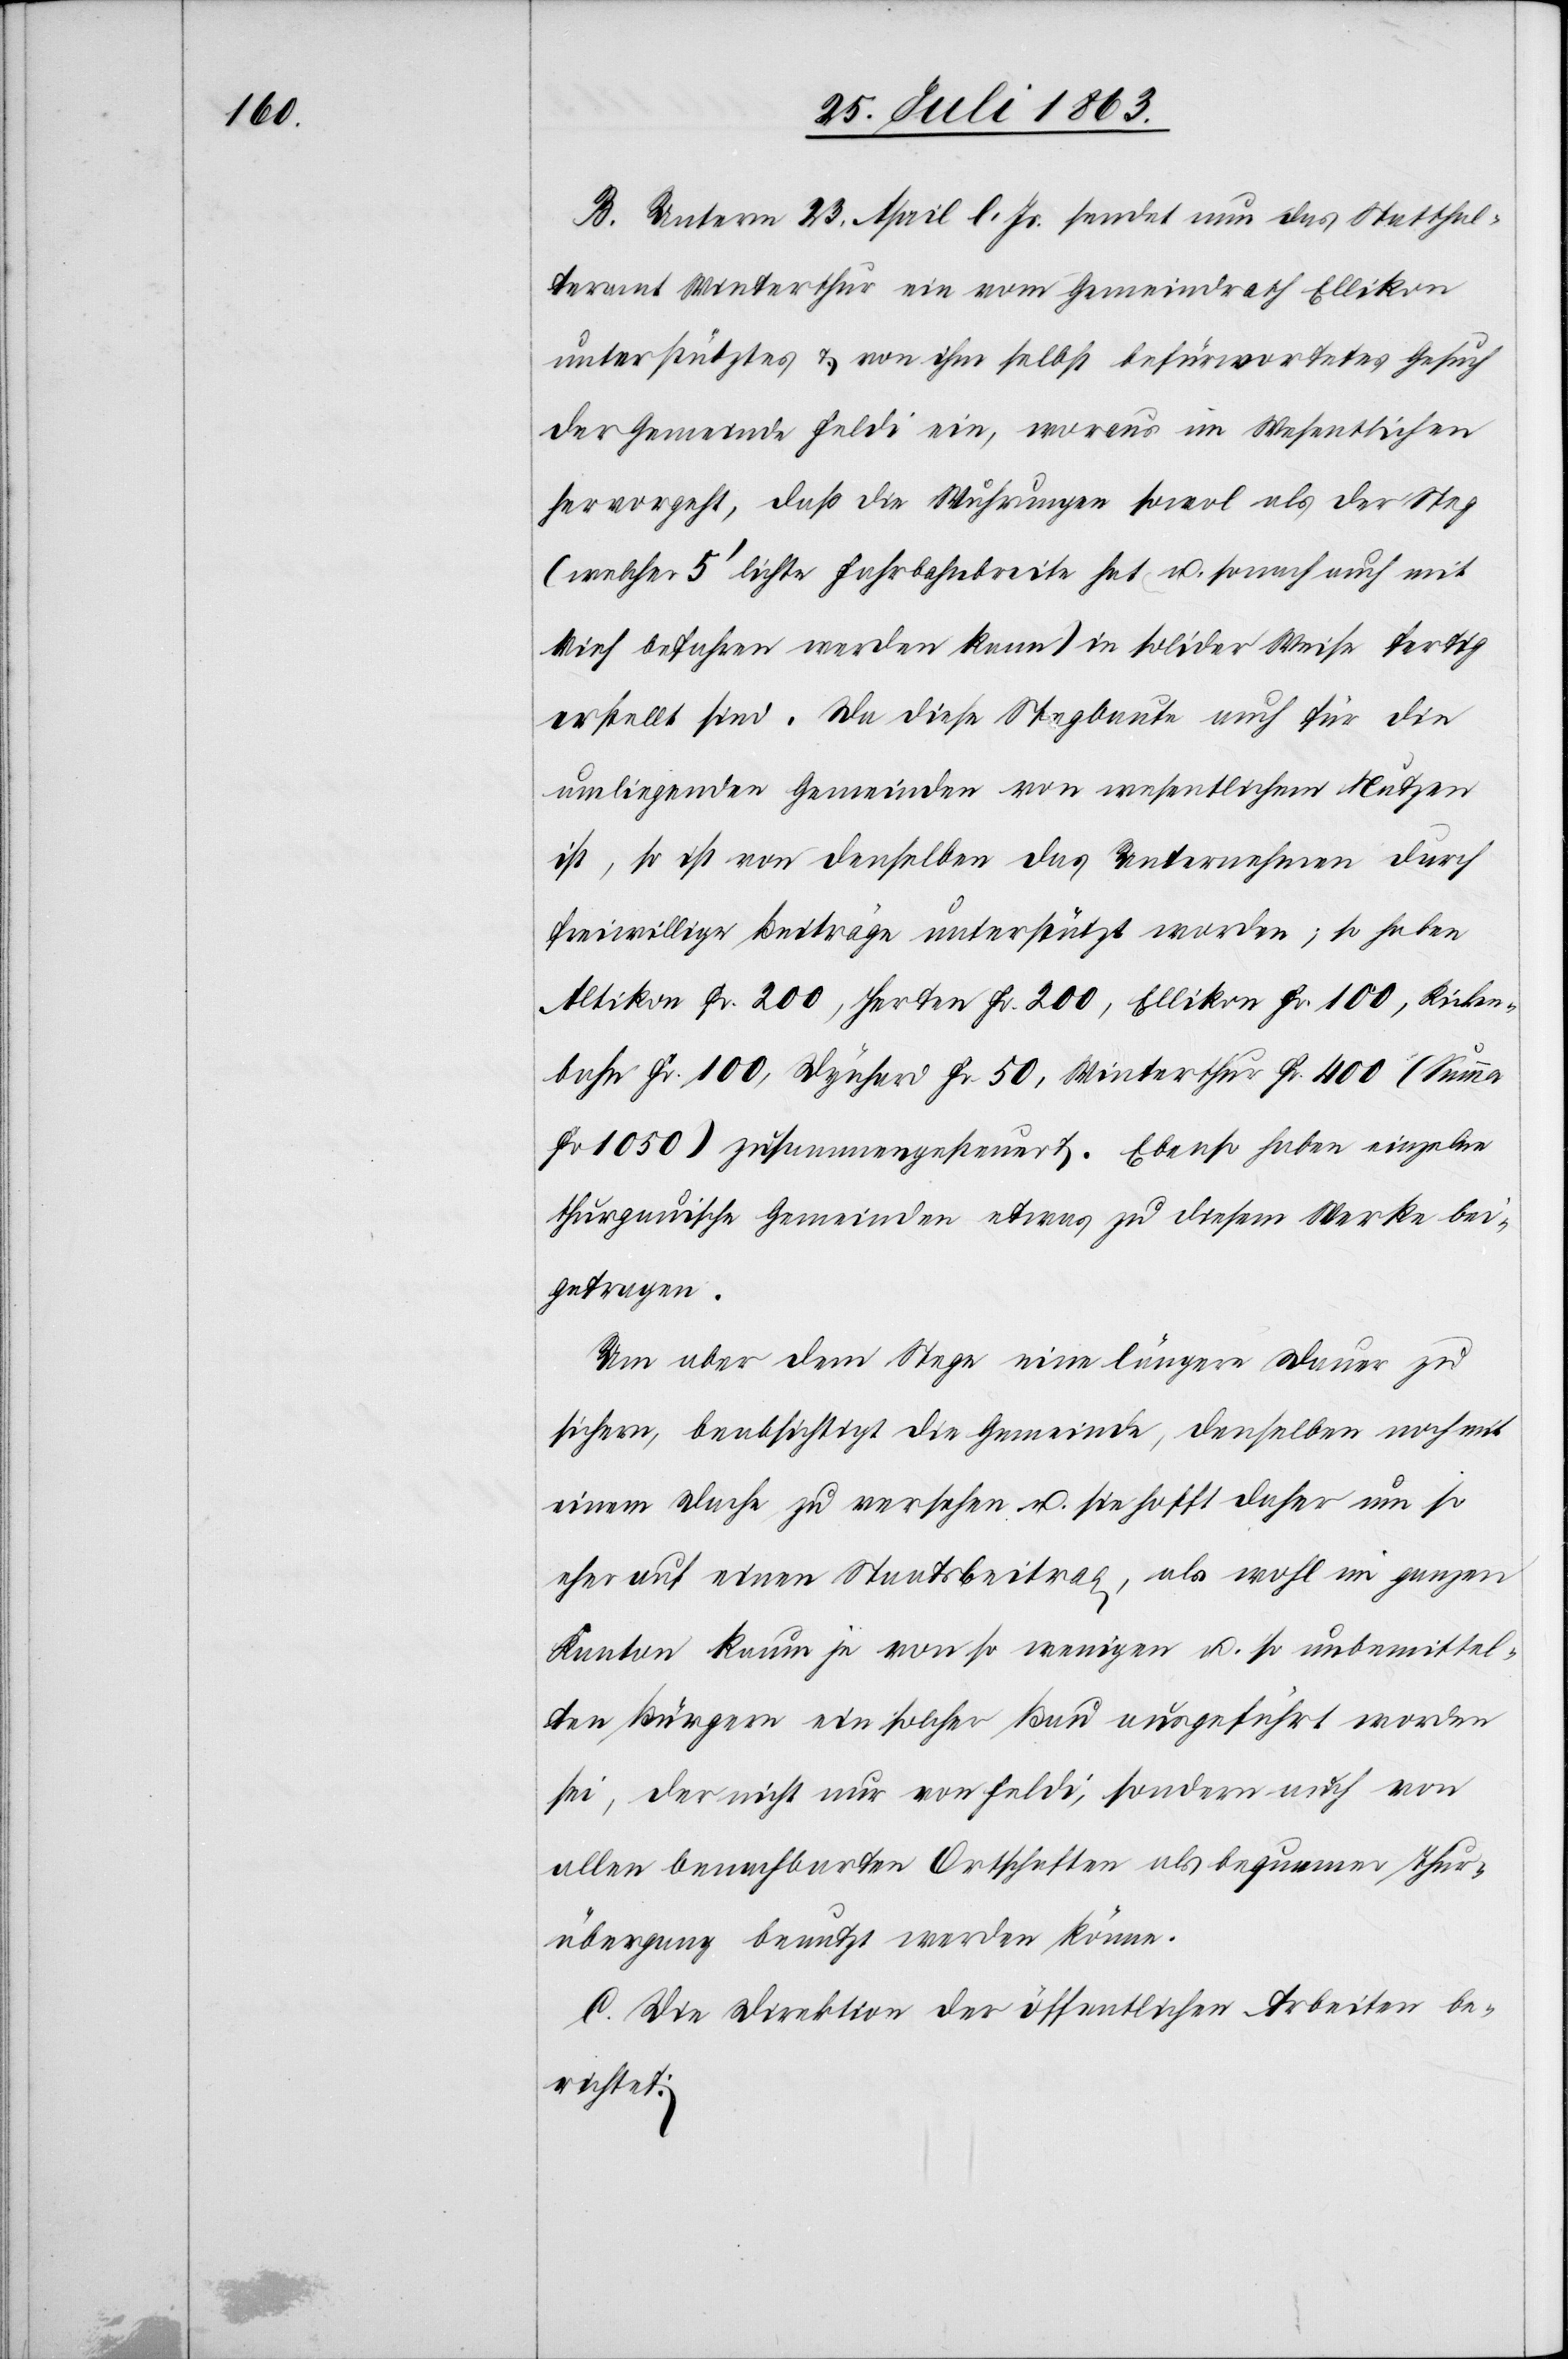
B. Unterm 23. April l. Js. sendet nun das Statthal¬
teramt Winterthur ein vom Gemeindrath Ellikon
unterstütztes & von ihm selbst befürwortetes Gesuch
der Gemeinde Feldi ein, woraus im Wesentlichen
hervorgeht, daß die Wuhrungen sowol als der Steg
(welcher 5' lichte Fahrbahnbreite hat u. sonach auch mit
Vieh befahren werden kann) in solider Weise fertig
erstellt sind. Da diese Stegbaute auch für die
umliegenden Gemeinden von wesentlichem Nutzen
ist, so ist von denselben das Unternehmen durch
freiwillige Beiträge unterstützt worden; so haben
Altikon Fr. 200, Herten Fr. 200, Ellikon Fr. 100, Ricken¬
bahn Fr. 100, Dynhard Fr. 50, Winterthur Fr. 400 (Summa
Fr 1050) zusammengesteuert. Ebenso haben einzelne
thurgauischen Gemeinden etwas zu diesem Werke bei¬
getragen.
Um aber dem Stege eine längere Dauer zu
sichern, beabsichtigt die Gemeinde, denselben noch mit
einem Dache zu versehen u. sie hofft daher um so
eher auf einen Staatsbeitrag, als wohl im ganzen
Kanton kaum je von so wenigen u. so unbemittel¬
ten Bürgern ein solcher Bau ausgeführt worden
sei, der nicht nur von Feldi, sondern auch von
allen benachbarten Ortschaften als bequemer Thur¬
übergang benutzt werden könne.
C. Die Direktion der öffentlichen Arbeiten be¬
richtet: